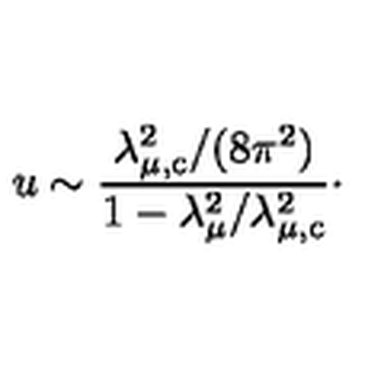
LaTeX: u \sim { \frac { \lambda _ { \mu , \mathrm { c } } ^ { 2 } / ( 8 \pi ^ { 2 } ) } { 1 - \lambda _ { \mu } ^ { 2 } / \lambda _ { \mu , \mathrm { c } } ^ { 2 } } } \cdotp